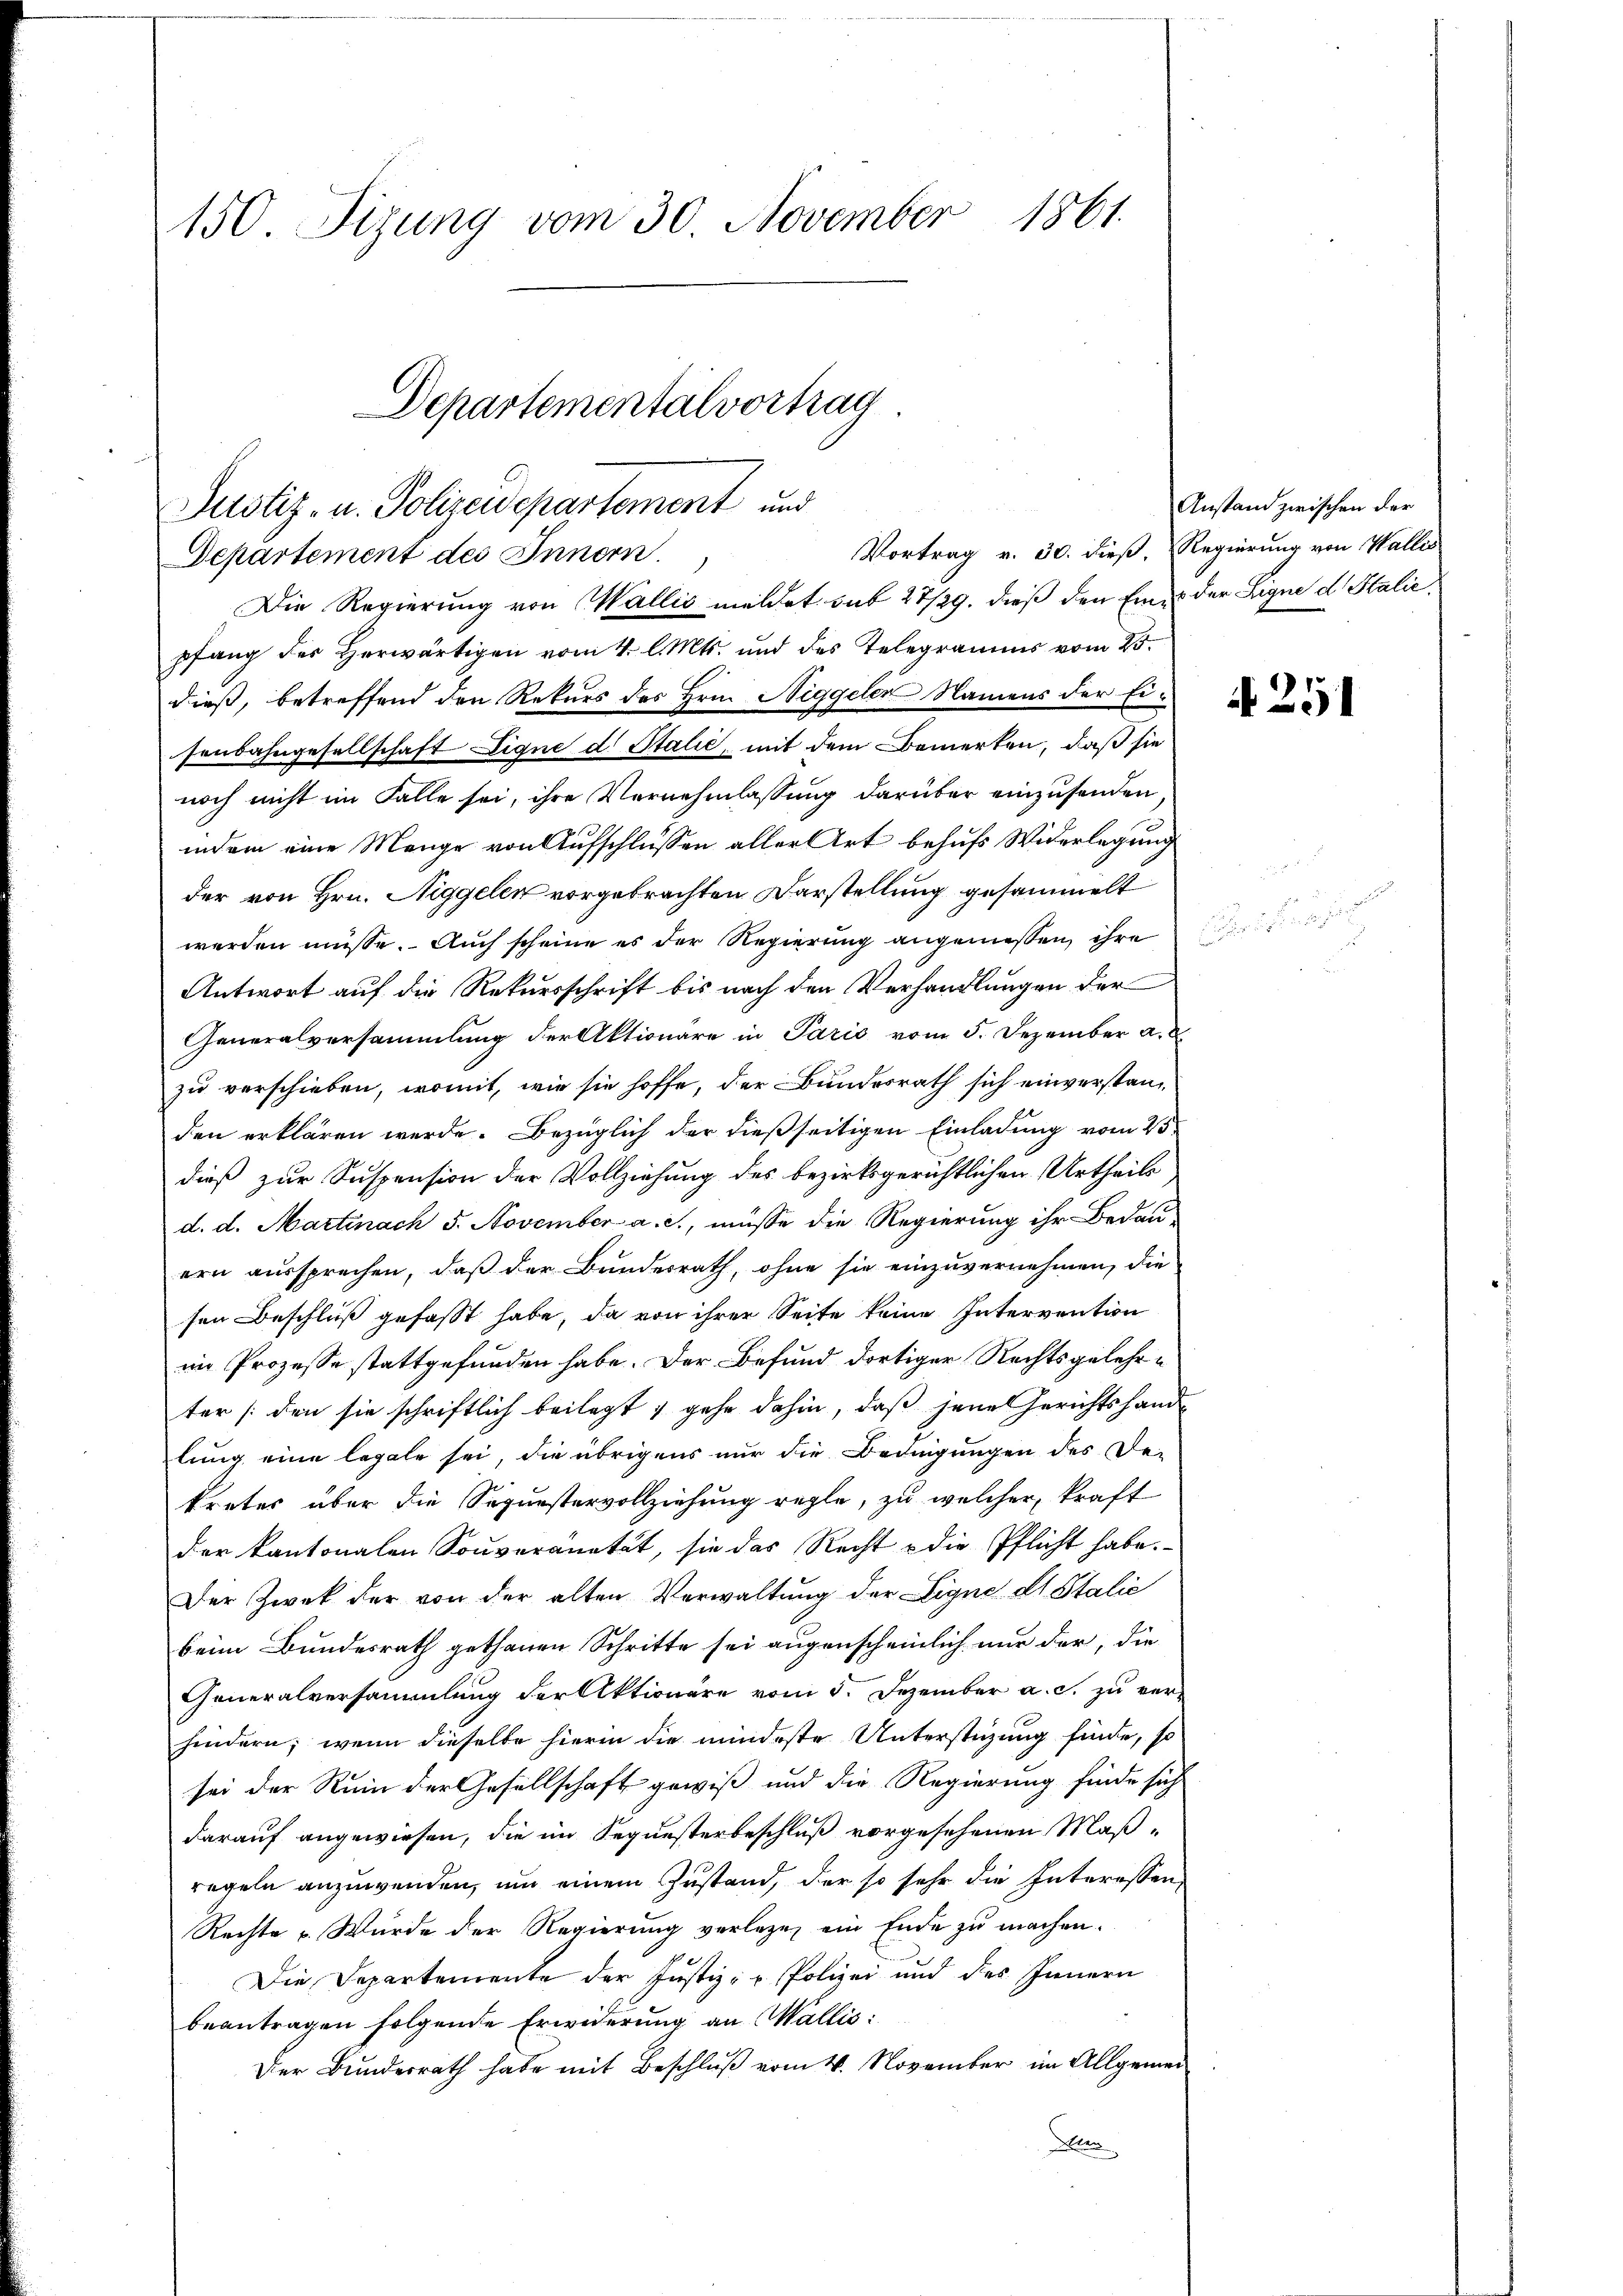
150. Sizung vom 30. November 1861.

Departemental vortrag
Justiz- u. Polizeidepartement und
Vortrag v. 30. dieß. Regierung von Walles
Departement des Innern.

Die Regierung von Wallis meldet sub 28/29. dieß den Einer der Signe d. Stalie
pfang der Herwärtigen vom 4. l. Mts. und des Telegramms vom 25.
dieß, betreffend den Rekurs des Hrn. Niggeler Namens der Eisenbahngesellschaft Eigne d. Stalić, mit dem Bemerten, daß sie
noch nicht im Falle sei, ihre Vernehmlassung darüber einzusenden
indem eine Menge von Aufschlüssen aller Art behufs Widerlegung
der von Hrn. Niggelen vorgebrachten Darstellung gesammelt
werden müsse. Auch scheine es der Regierung angeniessen, ihre
Antwort auf die Rekursschrift bis nach den Verhandlungen der
Generalversammlung der Aktionäre in Paris vom 5. Dezember a.
zu verschieben, womit, wie sie hoffe, der Bundesrath sich einverstanden erklären werde. Bezüglich der dießseitigen Einladung vom 25.
dieß zur Suspension der Vollziehung des bezirksgerichtlichen Urtheils
d. d. Martinach 5. November a. c., müsse die Regierung ihr Bedau-
ern aussprechen, daß der Bundesrath, ohne sie einzuvernehmen, die
sen Beschluß gefasst habe, da von ihrer Seite keine Intervention
im Prozesse stattgefunden habe. Der Befund dortiger Rechtsgelehrter (den sie schriftlich beilegt ; gehe dahin, daß jene Gerichtshandlung eine legale sei, die übrigens nur die Bedingungen des De-
kretes über die Sequestervollziehung regle, zu welcher kraft
der kantonalen Souveranetät, sie das Recht u die Pflicht habe.
Der Zwek der von der alten Verwaltŭng der Eigne ds Stalie
beim Bundesrath gethanen Schritte sei augenscheinlich nur der, die
Generalversammlung der Aktionäre vom 5. Dezember a. c. zu ver-
hindern; wenn dieselbe hierin die mindeste Unterstüzung finde, so
sei der Ruin der Gesellschaft gewiß und die Regierung finde sich
darauf angewiesen, die im Sequesterbeschluß vorgesehenen Maßregeln anzuwenden, um einem Zustand, der so sehr die Interessen
Rechte u. Wurde der Regierung verlege, ein Ende zu machen.
Die Departemente der Justiz- u. Polizei und des Innern
beantragen folgende Erwiderung an Wallis:
Der Bundesrath habe mit Beschluß vom 4. November im Allgemein¬
Allen

Anstand zwischen der

A 251

.